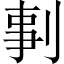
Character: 剚